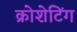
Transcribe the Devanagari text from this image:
क्रोशेटिंग